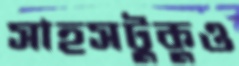
সাহসটুকুও